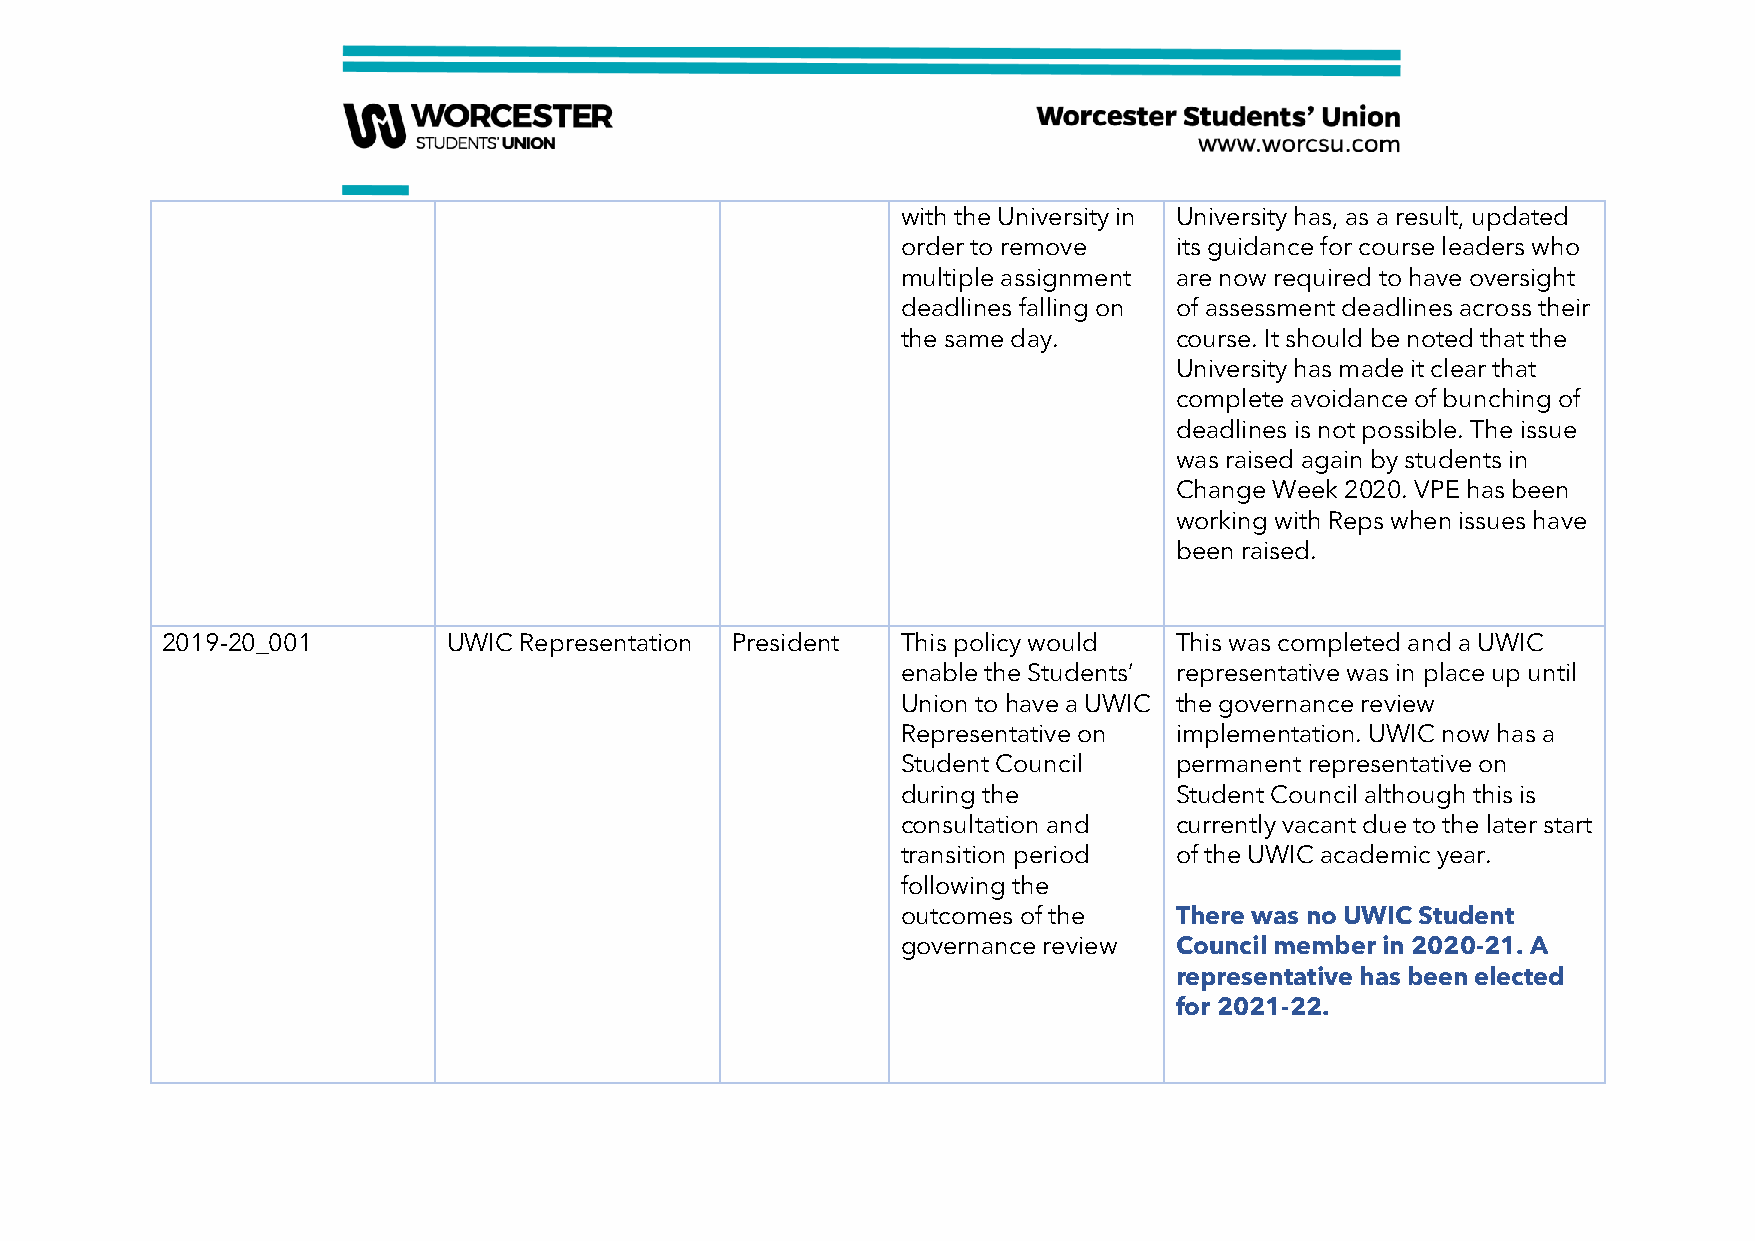
with the University in University has, as a result, updated
 order to remove   its guidance for course leaders who
 multiple assignment are now required to have oversight
 deadlines falling on of assessment deadlines across their
 the same day.     course. It should be noted that the
 University has made it clear that
 complete avoidance of bunching of
 deadlines is not possible. The issue
 was raised again by students in
 Change Week 2020. VPE has been
 working with Reps when issues have
 been raised.
 2019-20_001        UWIC Representation President This policy would This was completed and a UWIC
 enable the Students’ representative was in place up until
 Union to have a UWIC the governance review
 Representative on implementation. UWIC now has a
 Student Council   permanent representative on
 during the        Student Council although this is
 consultation and  currently vacant due to the later start
 transition period of the UWIC academic year.
 following the
 outcomes of the   There was no UWIC Student
 governance review Council member in 2020-21. A
 representative has been elected
 for 2021-22.